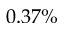
0 . 3 7 \%